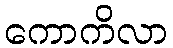
ကောကိလာ